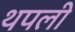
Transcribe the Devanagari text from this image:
थपली